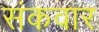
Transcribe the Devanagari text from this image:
संकवार